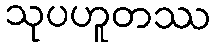
သုပဟူတဿ